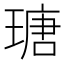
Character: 瑭